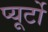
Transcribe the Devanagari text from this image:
प्‍यूर्टो